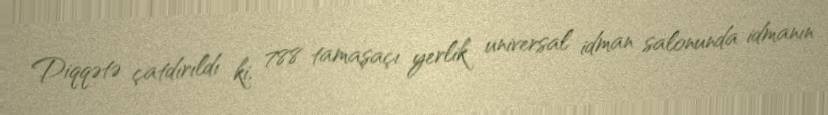
Diqqətə çatdırıldı ki, 788 tamaşaçı yerlik universal idman salonunda idmanın